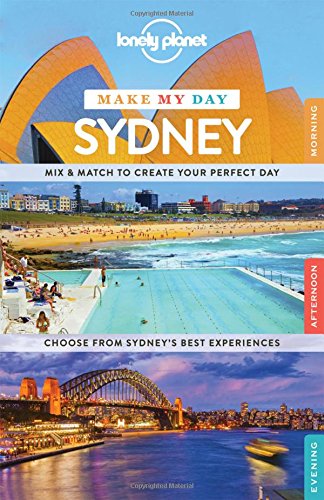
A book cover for Lonely Planet Make My Day Sydney (Travel Guide); Lonely Planet; Travel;